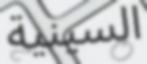
السينية